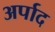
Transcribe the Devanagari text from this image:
अर्पाद